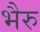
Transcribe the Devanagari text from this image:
भैरु